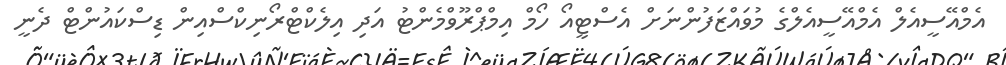
އެމްއޭސީއެލް އެމްއޭސީއެލްގެ މުވައްޒަފުންނަށް އެސްޓީއޯ ހޯމް އިމްޕްރޫވްމެންޓު އަދި އިލެކްޓްރޯނިކްސްއިން ޑިސްކައުންޓް ދެނީ